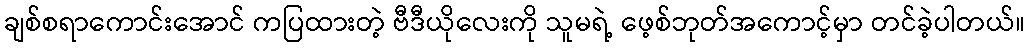
ချစ်စရာကောင်းအောင် ကပြထားတဲ့ ဗီဒီယိုလေးကို သူမရဲ့ ဖေ့စ်ဘုတ်အကောင့်မှာ တင်ခဲ့ပါတယ်။